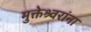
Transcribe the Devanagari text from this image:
मुक्तेश्र्वरांना